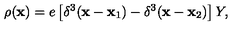
\rho ( { \bf x } ) = e \left[ \delta ^ { 3 } ( { \bf x } - { \bf x _ { \mathrm { 1 } } } ) - \delta ^ { 3 } ( { \bf x } - { \bf x _ { \mathrm { 2 } } } ) \right] Y ,